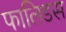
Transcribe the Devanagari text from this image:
फालिडस